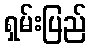
ရှမ်းပြည်